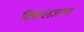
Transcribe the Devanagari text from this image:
विकलजाचा